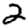
Digit: 2